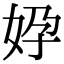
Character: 㚺